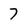
Character: 7